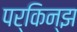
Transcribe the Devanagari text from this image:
पर्किन्झ